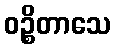
ဝဉ္စိတာသေ